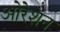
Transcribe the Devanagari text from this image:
ओरेशन